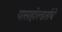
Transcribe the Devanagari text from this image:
पासहोल्डर्सचे